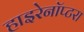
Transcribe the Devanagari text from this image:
हाइरेनॉप्टरा